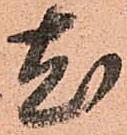
尤